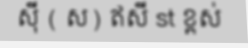
ស៊ី ( ស) ឥសី st ខ្ពស់